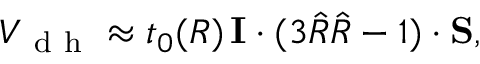
V _ { \mathrm { ~ d ~ h ~ } } \approx t _ { 0 } ( R ) \, { \bf I } \cdot ( 3 \hat { R } \hat { R } - \mathbb { 1 } ) \cdot { \bf S } ,